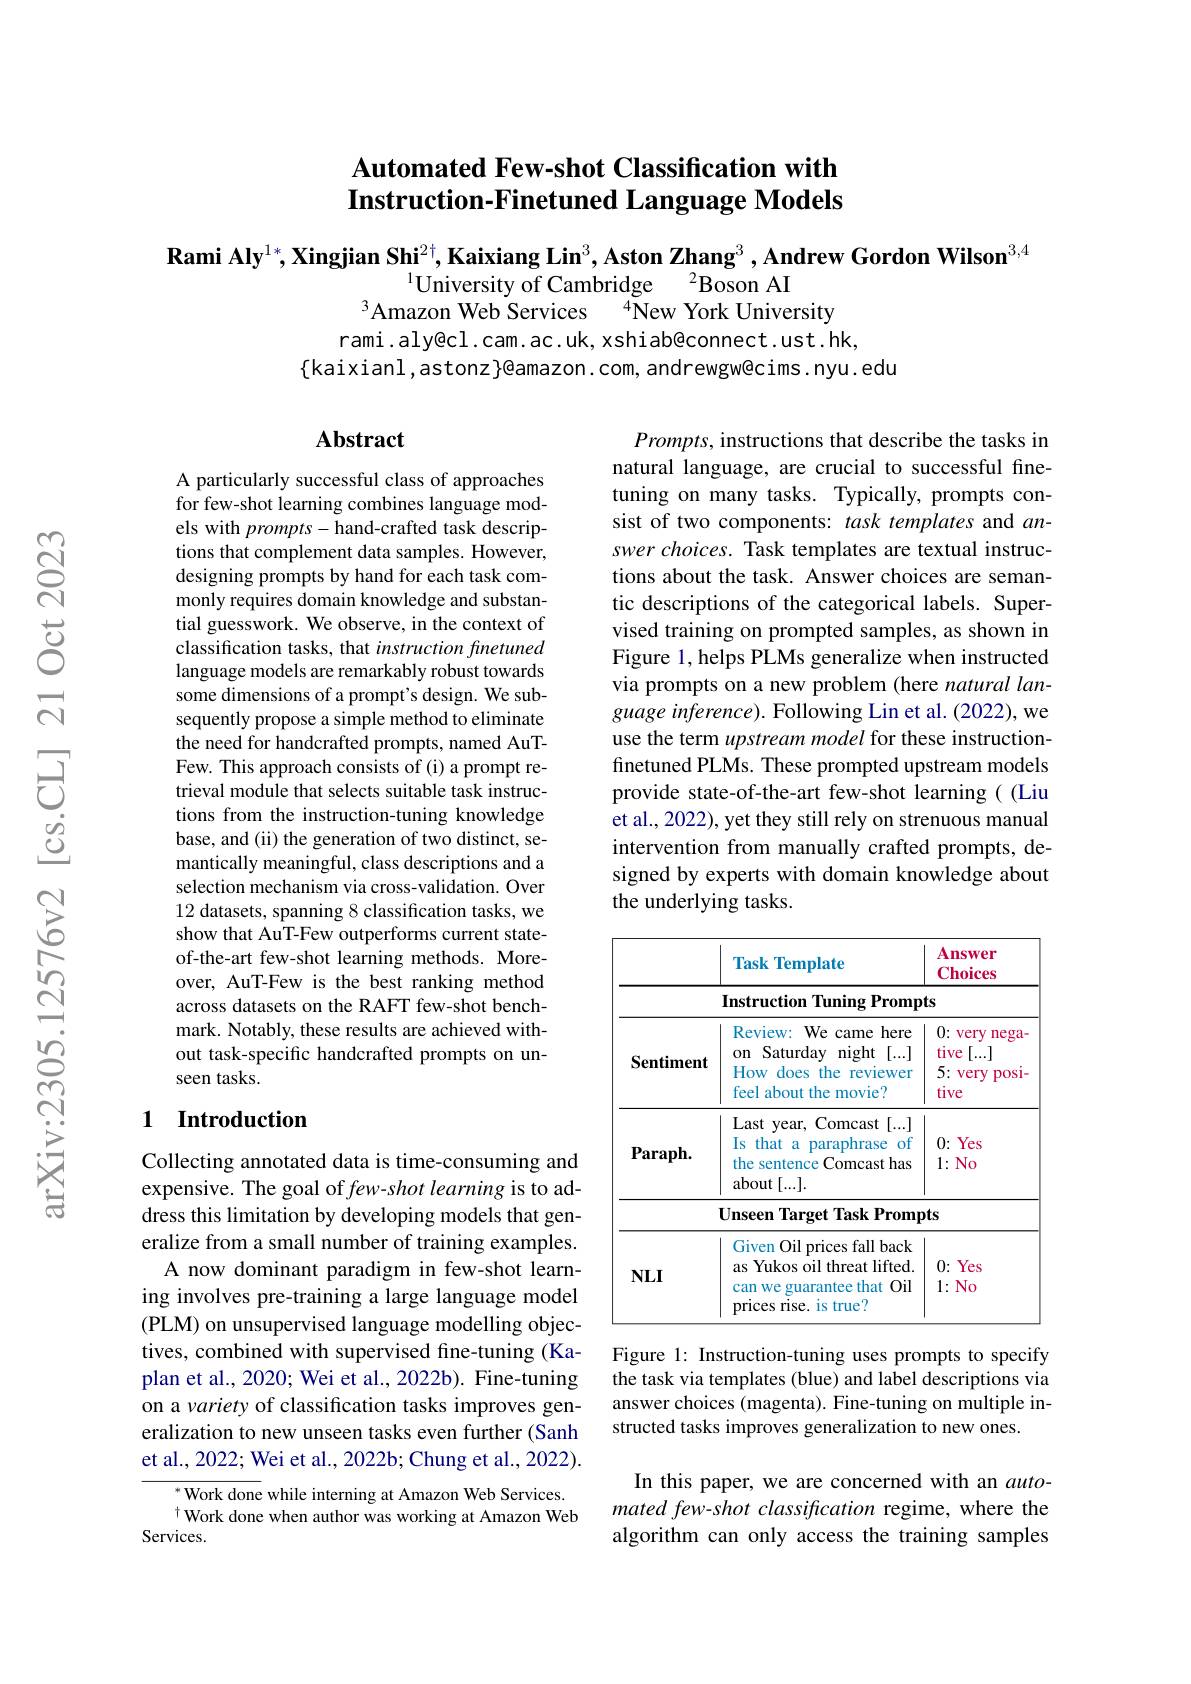
### $\textbf{Automated Few- shot Classification with}$ Instruction-Finetuned Language Models

Rami Aly$^{1*},\textbf{Xingjian Shi}^{2\dagger},\textbf{Kaixiang Lin}^3,\textbf{Aston Zhang}^3,\textbf{Andrew Gordon Wilson}^{3,4}$
$^{1}\bar{\text{University of Cambridge}}\:^{2}\bar{\text{Boson AI}}$
$^{3}$Amazon Web Services$\:^{4}$New York University

rami. aly@cl . cam. ac. uk, xshi ab@connect. ust. hk,
$\{$kaixianl,astonz}@amazon.com, andrewgw@cims.nyu.edu

## Abstract

$Prompts$,instructions that describe the tasks in natural language, are crucial to successful finetuning on many tasks. Typically, prompts consist of two components: task templates and answer choices. Task templates are textual instructions about the task. Answer choices are semantic descriptions of the categorical labels. Supervised training on prompted samples, as shown in Figure 1, helps PLMs generalize when instructed via prompts on a new problem (here natural language inference). Following Lin et al. (2022), we use the term upstream model for these instructionfinetuned PLMs. These prompted upstream models provide state-of-the-art few-shot learning( (Liu et al., 2022), yet they still rely on strenuous manual intervention from manually crafted prompts, designed by experts with domain knowledge about the underlying tasks.

A particularly successful class of approaches for few-shot learning combines language models with prompts- hand-crafted task descriptions that complement data samples. However, designing prompts by hand for each task commonly requires domain knowledge and substantial guesswork. We observe, in the context of classification tasks, that instruction finetuned language models are remarkably robust towards some dimensions of a prompt's design. We subsequently propose a simple method to eliminate the need for handcrafted prompts, named AuTFew. This approach consists of (i) a prompt retrieval module that selects suitable task instructions from the instruction-tuning knowledge base, and (ii) the generation of two distinct, semantically meaningful, class descriptions and a selection mechanism via cross-validation. Over 12 datasets, spanning 8 classification tasks, we show that AuT-Few outperforms current stateof-the-art few-shot learning methods. Moreover, AuT-Few is the best ranking method across datasets on the RAFT few-shot benchmark. Notably, these results are achieved without task-specific handcrafted prompts on unseen tasks.

### 1 Introduction

<table>
	<tbody>
		<tr>
			<th> </th>
			<th>Task Template</th>
			<th>Answer Choices</th>
		</tr>
		<tr>
			<td> </td>
			<td>Instruction Tuning Promp</td>
			<td>$ts$</td>
		</tr>
		<tr>
			<td>Sentiment</td>
			<td>Review: We came here $0n$ Saturday night [...] How does the reviewer feel about the movie?</td>
			<td>0: very nega tive [...] 5: very posl tive</td>
		</tr>
		<tr>
			<td>$\mathbf{Paraph}.$</td>
			<td>Last year, Comcast [....] IS that paraphrase of $\therefore a$ the sentence Comcast has about[...].</td>
			<td>0{:} Yes $1:No$</td>
		</tr>
		<tr>
			<td> </td>
			<td>Unseen Target Task Promp</td>
			<td>$\mathbf{1ts}$</td>
		</tr>
		<tr>
			<td>$NLI$</td>
			<td>Given Oil prices fall back I as Yukos oil threat lifted. guarantee that Oil can we s prices rise. is true?</td>
			<td>0: Yes $\bullet$ $1:No$</td>
		</tr>
	</tbody>
</table>

Collecting annotated data is time-consuming and expensive. The goal of $few-shot$ learning is to address this limitation by developing models that generalize from a small number of training examples.
A now dominant paradigm in few-shot learning involves pre-training a large language model (PLM) on unsupervised language modelling objectives, combined with supervised fine-tuning (Kaplan et al., 2020; Wei et al., 2022b). Fine-tuning on a variety of classification tasks improves generalization to new unseen tasks even further (Sanh et al., 2022; Wei et al., 2022b; Chung et al., 2022).

Figure 1: Instruction-tuning uses prompts to specify the task via templates (blue) and label descriptions via answer choices (magenta). Fine-tuning on multiple instructed tasks improves generalization to new ones.

In this paper, we are concerned with an automated few-shot classification regime, where the algorithm can only access the training samples

$^{*}$Work done while interning at Amazon Web Services. $^{\dagger}$Work done when author was working at Amazon Web
Services.